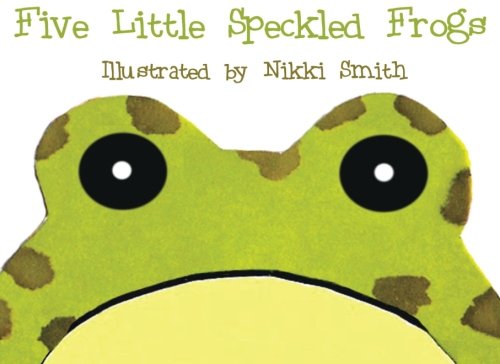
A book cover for Five Little Speckled Frogs; Nikki Smith; Children's Books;